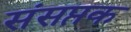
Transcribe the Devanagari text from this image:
संसप्तक